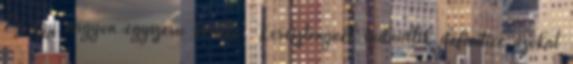
Ez egy nagyon egyszeru kerdes. Keresztenynek tudniillik definitive azokat